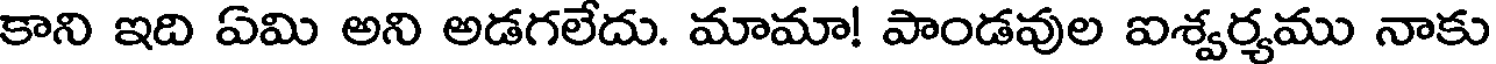
కాని ఇది ఏమి అని అడగలేదు. మామా! పాండవుల ఐశ్వర్యము నాకు